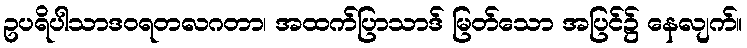
ဥပရိပါသာဒဝရတလဂတာ၊ အထက်ပြာသာဒ် မြတ်သော အပြင်၌ နေလျက်။